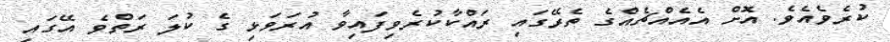
ކުރެވެއެވެ. އޮށް އެއެއްޗެއްގެ ތެރޭގައި ރައްކާކުރެވިފައިވާ އުރަވަޅި ގެ ކުލަ ރަތްވެ އޭގައި